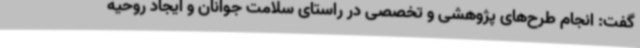
گفت: انجام طرح‌های پژوهشی و تخصصی در راستای سلامت جوانان و ایجاد روحیه